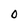
Character: O